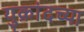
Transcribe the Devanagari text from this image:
युक्रांदच्या